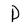
Character: P